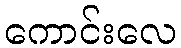
ကောင်းလေ